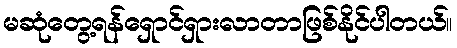
မဆုံတွေ့ရန်ရှောင်ရှားလာတာဖြစ်နိုင်ပါတယ်။